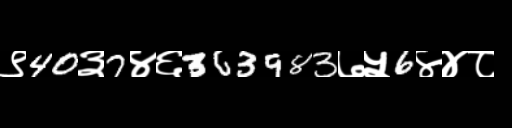
Text: ९40३7४६363983७५6४४८